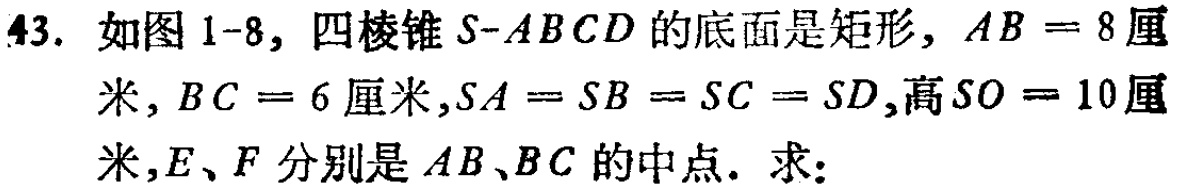
43. 如图1-8, 四棱锥\(S - ABCD\)的底面是矩形, \(AB = 8\)厘米, \(BC = 6\)厘米,\(SA = SB = SC = SD\),高\(SO = 10\)厘米, \(E、F\)分别是\(AB、BC\)的中点. 求: